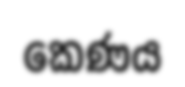
කෙණය